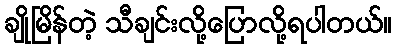
ချိုမြိန်တဲ့ သီချင်းလို့ပြောလို့ရပါတယ်။